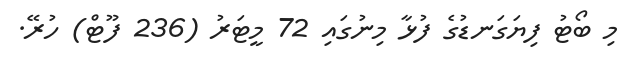
މި ބޯޓު ފިޔަގަނޑުގެ ފުޅާ މިނުގައި 72 މީޓަރު (236 ފޫޓް) ހުރޭ.